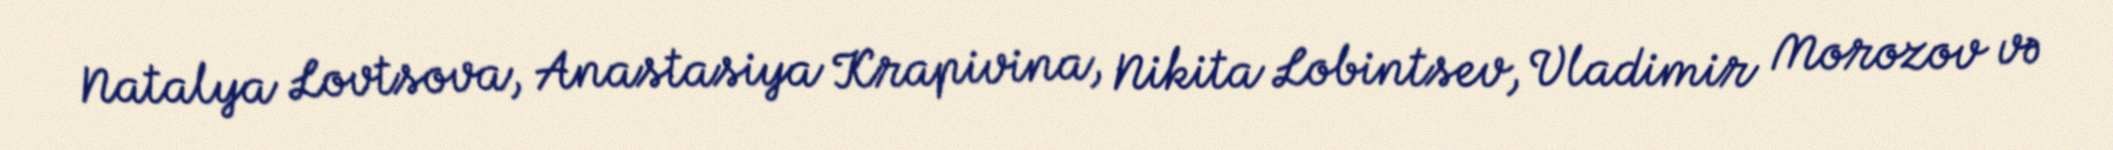
Natalya Lovtsova, Anastasiya Krapivina, Nikita Lobintsev, Vladimir Morozov və